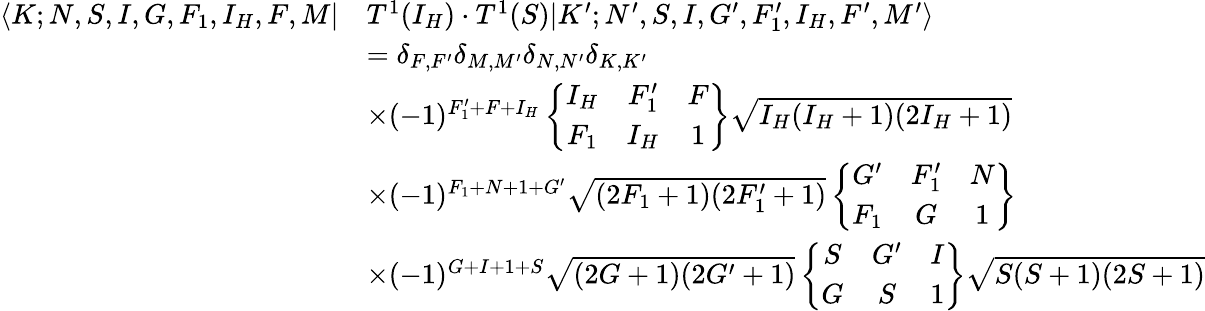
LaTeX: \begin{array}{rl}{\langle K;N,S,I,G,F_{1},I_{H},F,M|}&{T^{1}(I_{H})\cdot T^{1}(S)|K^{\prime};N^{\prime},S,I,G^{\prime},F_{1}^{\prime},I_{H},F^{\prime},M^{\prime}\rangle}\\ &{=\delta_{F,F^{\prime}}\delta_{M,M^{\prime}}\delta_{N,N^{\prime}}\delta_{K,K^{\prime}}}\\ &{\times(-1)^{F_{1}^{\prime}+F+I_{H}}\left\{ \begin{array}{ccc}{I_{H}}&{F_{1}^{\prime}}&{F}\\ {F_{1}}&{I_{H}}&{1}\end{array}\right\} \sqrt{I_{H}(I_{H}+1)(2I_{H}+1)}}\\ &{\times(-1)^{F_{1}+N+1+G^{\prime}}\sqrt{(2F_{1}+1)(2F_{1}^{\prime}+1)}\left\{ \begin{array}{ccc}{G^{\prime}}&{F_{1}^{\prime}}&{N}\\ {F_{1}}&{G}&{1}\end{array}\right\} }\\ &{\times(-1)^{G+I+1+S}\sqrt{(2G+1)(2G^{\prime}+1)}\left\{ \begin{array}{ccc}{S}&{G^{\prime}}&{I}\\ {G}&{S}&{1}\end{array}\right\} \sqrt{S(S+1)(2S+1)}}\end{array}